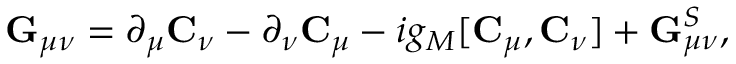
{ \bf G } _ { \mu \nu } = \partial _ { \mu } { \bf C } _ { \nu } - \partial _ { \nu } { \bf C } _ { \mu } - i g _ { M } [ { \bf C } _ { \mu } , { \bf C } _ { \nu } ] + { \bf G } _ { \mu \nu } ^ { S } ,